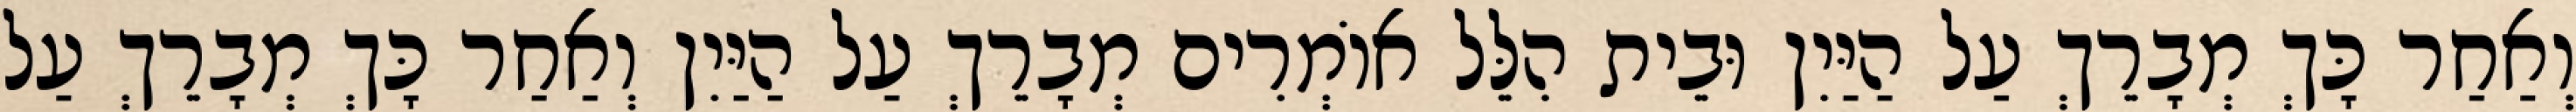
וְאַחַר כָּךְ מְבָרֵךְ עַל הַיַּיִן וּבֵית הִלֵּל אוֹמְרִים מְבָרֵךְ עַל הַיַּיִן וְאַחַר כָּךְ מְבָרֵךְ עַל